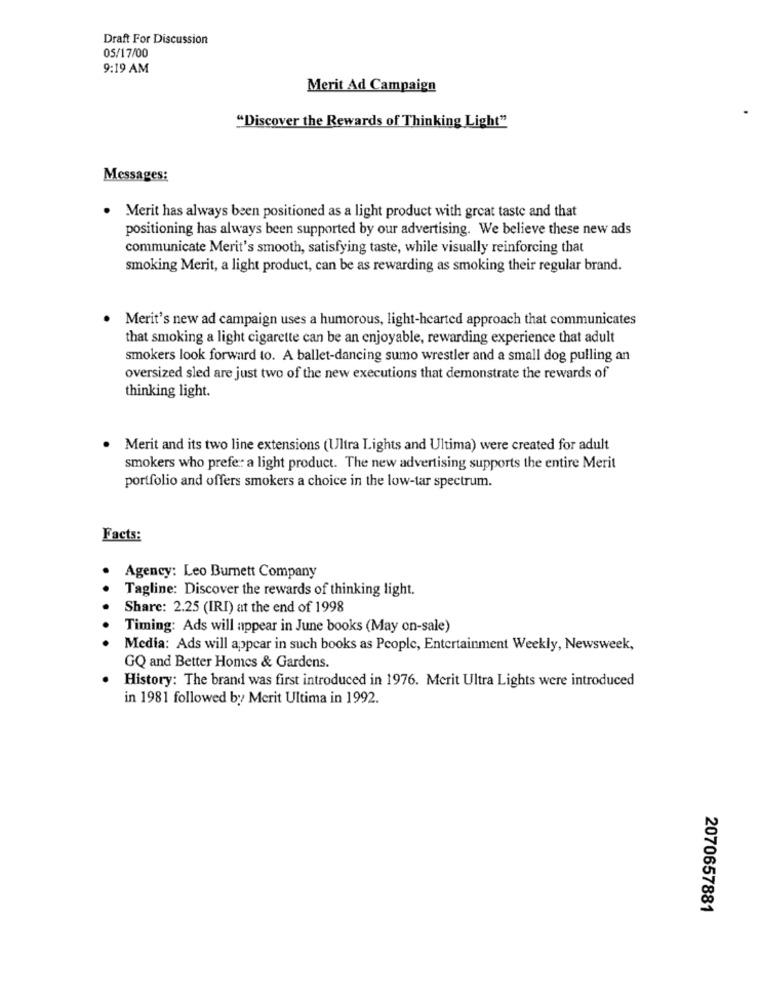
Draft For Discussion
OS/17/00
9:19 AM
Merit Ad Campaign
"Discover the Rewards of Thinking Light"
Messages:
. Merit has always been positioned as a light product with great taste and that
positioning has always been supported by our advertising. We believe these new ads
communicate Merit's smooth, satisfying taste, while visually reinforcing that
smoking Merit, a light product, can be as rewarding as smoking their regular brand.
. Merit's new ad campaign uses a humorous, light-hearted approach that communicates
that smoking a light cigarette can be an enjoyable, rewarding experience that adult
smokers look forward to. A ballet-dancing sumo wrestler and a small dog pulling an
oversized sled are just two of the new executions that demonstrate the rewards of
thinking light.
· Merit and its two line extensions (Ultra Lights and Ultima) were created for adult
smokers who prefe: a light product. The new advertising supports the entire Merit
portfolio and offers smokers a choice in the low-tar spectrum.
Facts:
Agency: Leo Burnett Company
Tagline: Discover the rewards of thinking light.
.
Share: 2.25 (IRI) at the end of 1998
Timing: Ads will appear in June books (May on-sale)
Media: Ads will appear in such books as People, Entertainment Weekly, Newsweek,
GQ and Better Homes & Gardens.
History: The brand was first introduced in 1976. Merit Ultra Lights were introduced
in 1981 followed by Merit Ultima in 1992.
2070657881